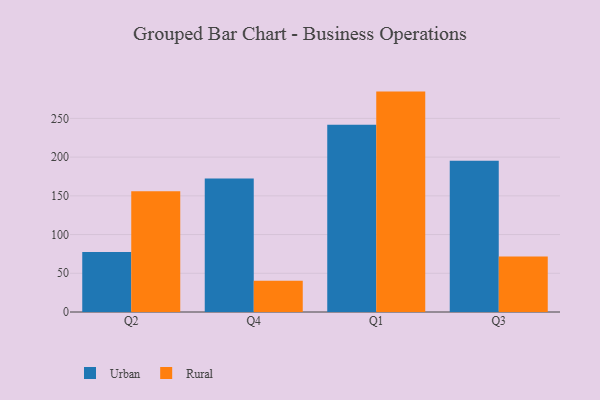
{"axis": {"x": "Quarter", "y": "Latency (ms)"}, "legend": ["Rural", "Urban"], "data": [{"x": "Q2", "y": 77.5, "type": "Urban"}, {"x": "Q2", "y": 155.8, "type": "Rural"}, {"x": "Q4", "y": 172.4, "type": "Urban"}, {"x": "Q4", "y": 40.2, "type": "Rural"}, {"x": "Q1", "y": 241.9, "type": "Urban"}, {"x": "Q1", "y": 284.6, "type": "Rural"}, {"x": "Q3", "y": 195.2, "type": "Urban"}, {"x": "Q3", "y": 71.7, "type": "Rural"}]}